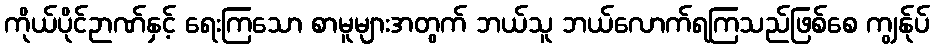
ကိုယ်ပိုင်ဉာဏ်နှင့် ရေးကြသော စာမူများအတွက် ဘယ်သူ ဘယ်လောက်ရကြသည်ဖြစ်စေ ကျွန်ုပ်